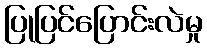
ပြုပြင်ပြောင်းလဲမှု